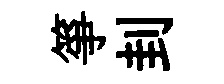
箏刲